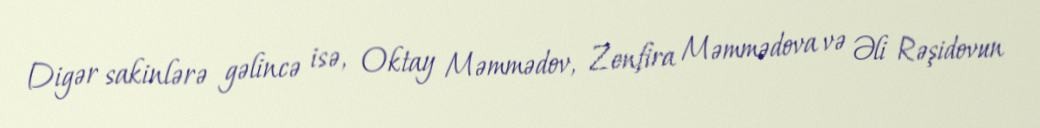
Digər sakinlərə gəlincə isə, Oktay Məmmədov, Zenfira Məmmədova və Əli Rəşidovun